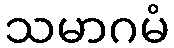
သမာဂမံ